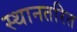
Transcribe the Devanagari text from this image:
स्थानतरित